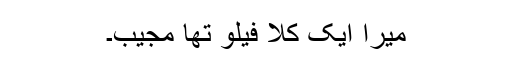
میرا ایک کلا فیلو تھا مجیب۔